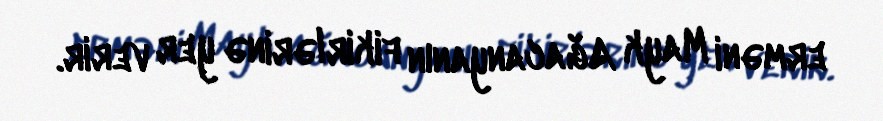
erməni Mayk Ağacanyanın fikirlərinə yer verir.